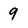
Character: 9